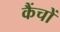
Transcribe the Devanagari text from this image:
कैंचों